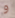
و